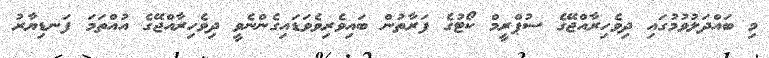
މި ބައްދަލުވުމުގައި ދިވެހިރާއްޖޭގެ ސުޕްރީމް ކޯޓުގެ ފަރާތުން ބައިވެރިވެވަޑައިގެންނެވީ ދިވެހިރާއްޖޭގެ އުއްތަމަ ފަނޑިޔާރު